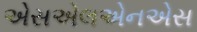
એસએલએનએસ